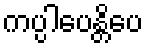
ကပ္ပါပေန္တိပေ